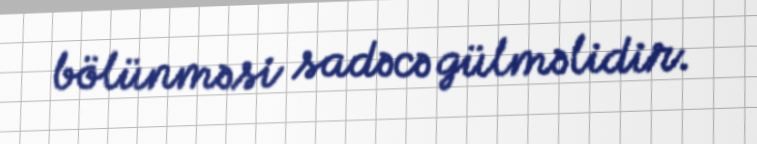
bölünməsi sadəcə gülməlidir.